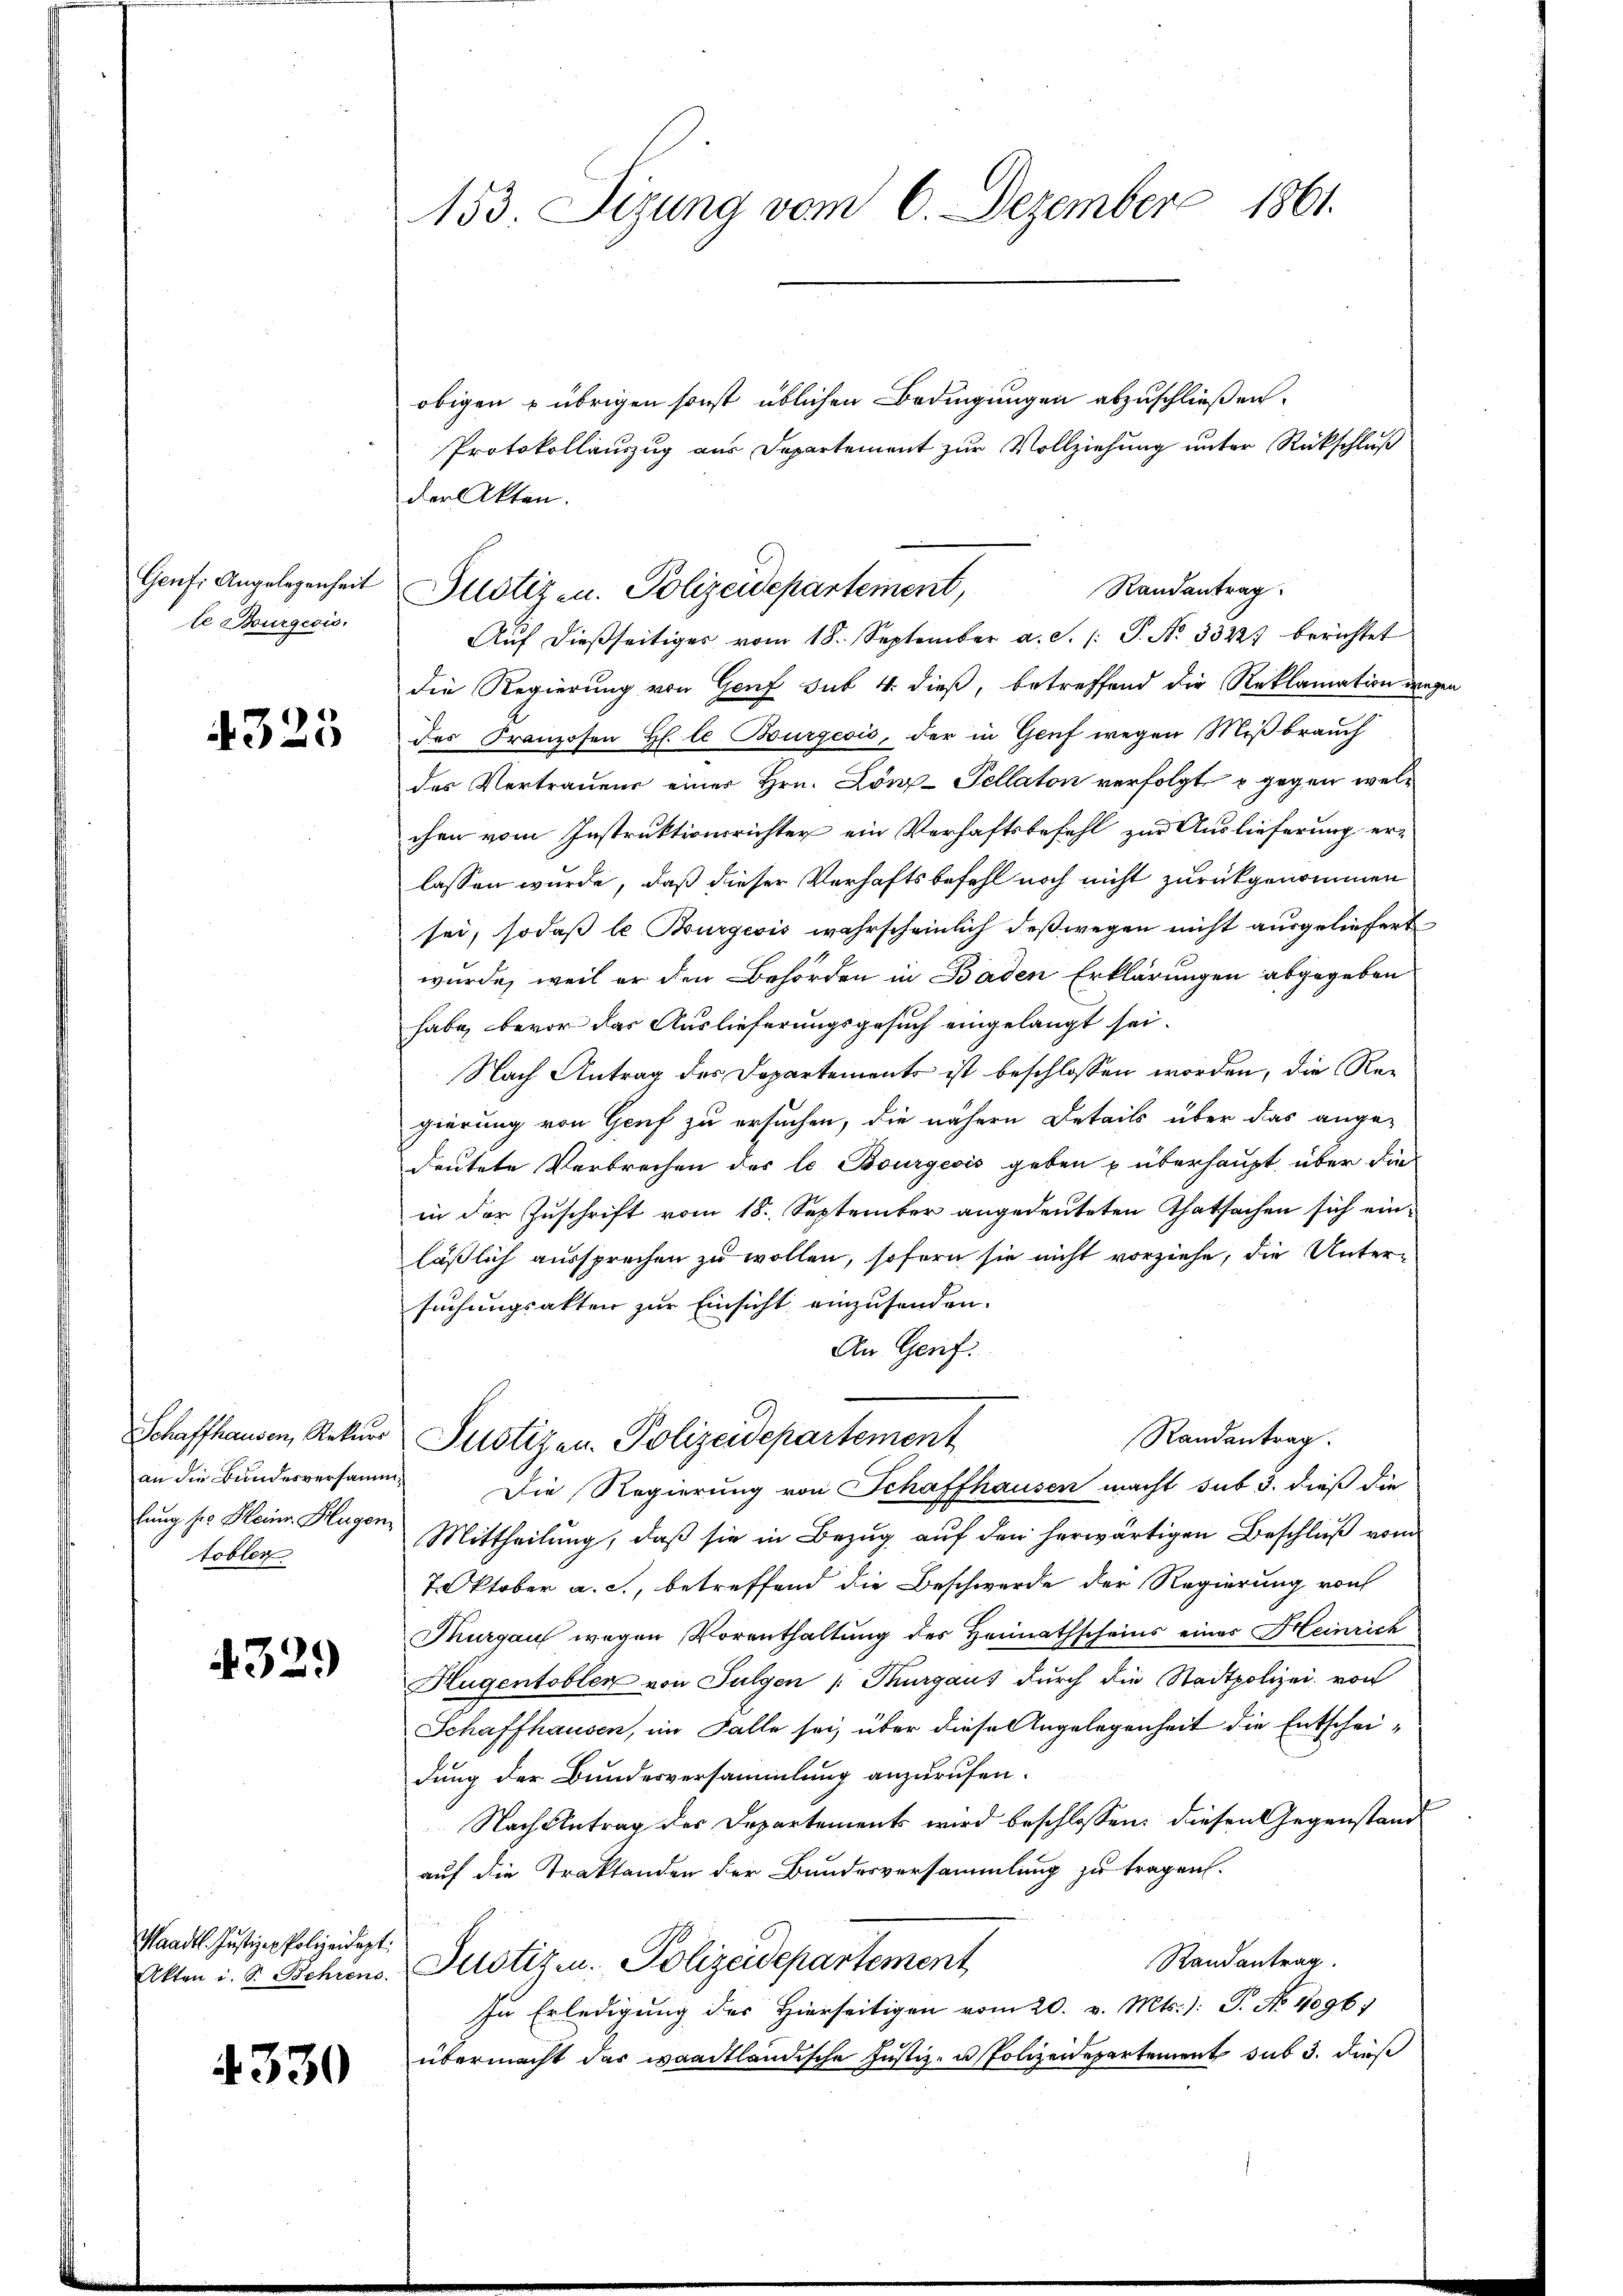
Genf. Angelegenheit
te Burgesis,

4325

tobler

4329

Waadt. Justiz-Polizeidept:
Akten i. S. Behrens.

4330

153. Sizung vom 6. Dezember 1861.

obigen übrigen sonst üblichen Bedingungen abzuschließen.
Protokollauszug aus Departement zur Vollziehung unter Rückschluß
der Akten.
Auf dießseitiges vom 18. September a. S. /: P. Nr. 3322) berichtet
die Regierung von Genf sub 4. dieß, betreffend die Reklamation der
des Franzosen Hl. le Burgeois, der in Genf wegen Mißbrauch
des Vertrauens einer Hrn. Lönz-Tellaton verfolgt u gegen welchen vom Instruktionsrichter ein Verhaftsbefehl zur Auslieferung erlassen wurde, daß dieser Verhaftsbefehl noch nicht zurückgenommen.
sei, sodaß le Burgesis wahrscheinlich deßwegen nicht ausgeleifert
wurde, weil er den Behörden in Baden Erklärungen abgegeben
habe, bevor das Auslieferungsgesuch eingelangt sei.
Nach Antrag des Departements ist beschlossen worden, die Regierung von Genf zu ersuchen, die nähere Details über das angedeutete Verbrechen des le Bourgeois geben u überhaupt über die
in der Zuschrift vom 18. September angedeuteten Thatsachen sich einläßlich aussprechen zu wollen, sofern sie nicht vorziehe, die Untersuchungsakten zur Einsicht einzusenden.
An Genf.
Randantrag.
Schaffhausen, Rekurs Justizen. Polizeidepartement
an die Bundesversamme. Die Regierung von Schaffhausen macht sub 3. dieß die
lung sie Heinr. Klagen, Mittheilung, daß sie in Bezug auf den herwärtigen Beschluß vom
7. Oktober a. c., betreffend die Beschwerde der Regierung von
Thurgau wegen Vorenthaltung des Heimathscheins eines Heinrich
Hugentobler von Fulgen /: Thurgaus durch die Stadtpolizei von
Schaffhausen, im Falle sei, über diese Angelegenheit die Entscheidung der Bundesversammlung anzurufen.
Nach Antrag der Departements wird beschlossen: diesen Gegenstand
auf die Traktanden der Bundesversammlung zu tragen.
Randantrag.
Justizen Polizeidepartement
In Erledigung des Hierseitigen vom 20. v. Mts. : P. No 1096.
übermacht das waadtländische Justiz- u. Polizeidepartement sub 3. dieß

Justizen. Polizeidepartement,

Randantrag